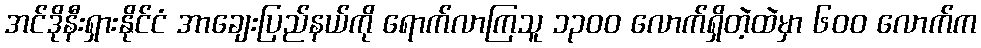
အင်ဒိုနီးရှားနိုင်ငံ အာချေးပြည်နယ်ကို ရောက်လာကြသူ ၁၃ဝဝ လောက်ရှိတဲ့ထဲမှာ ၆ဝဝ လောက်က